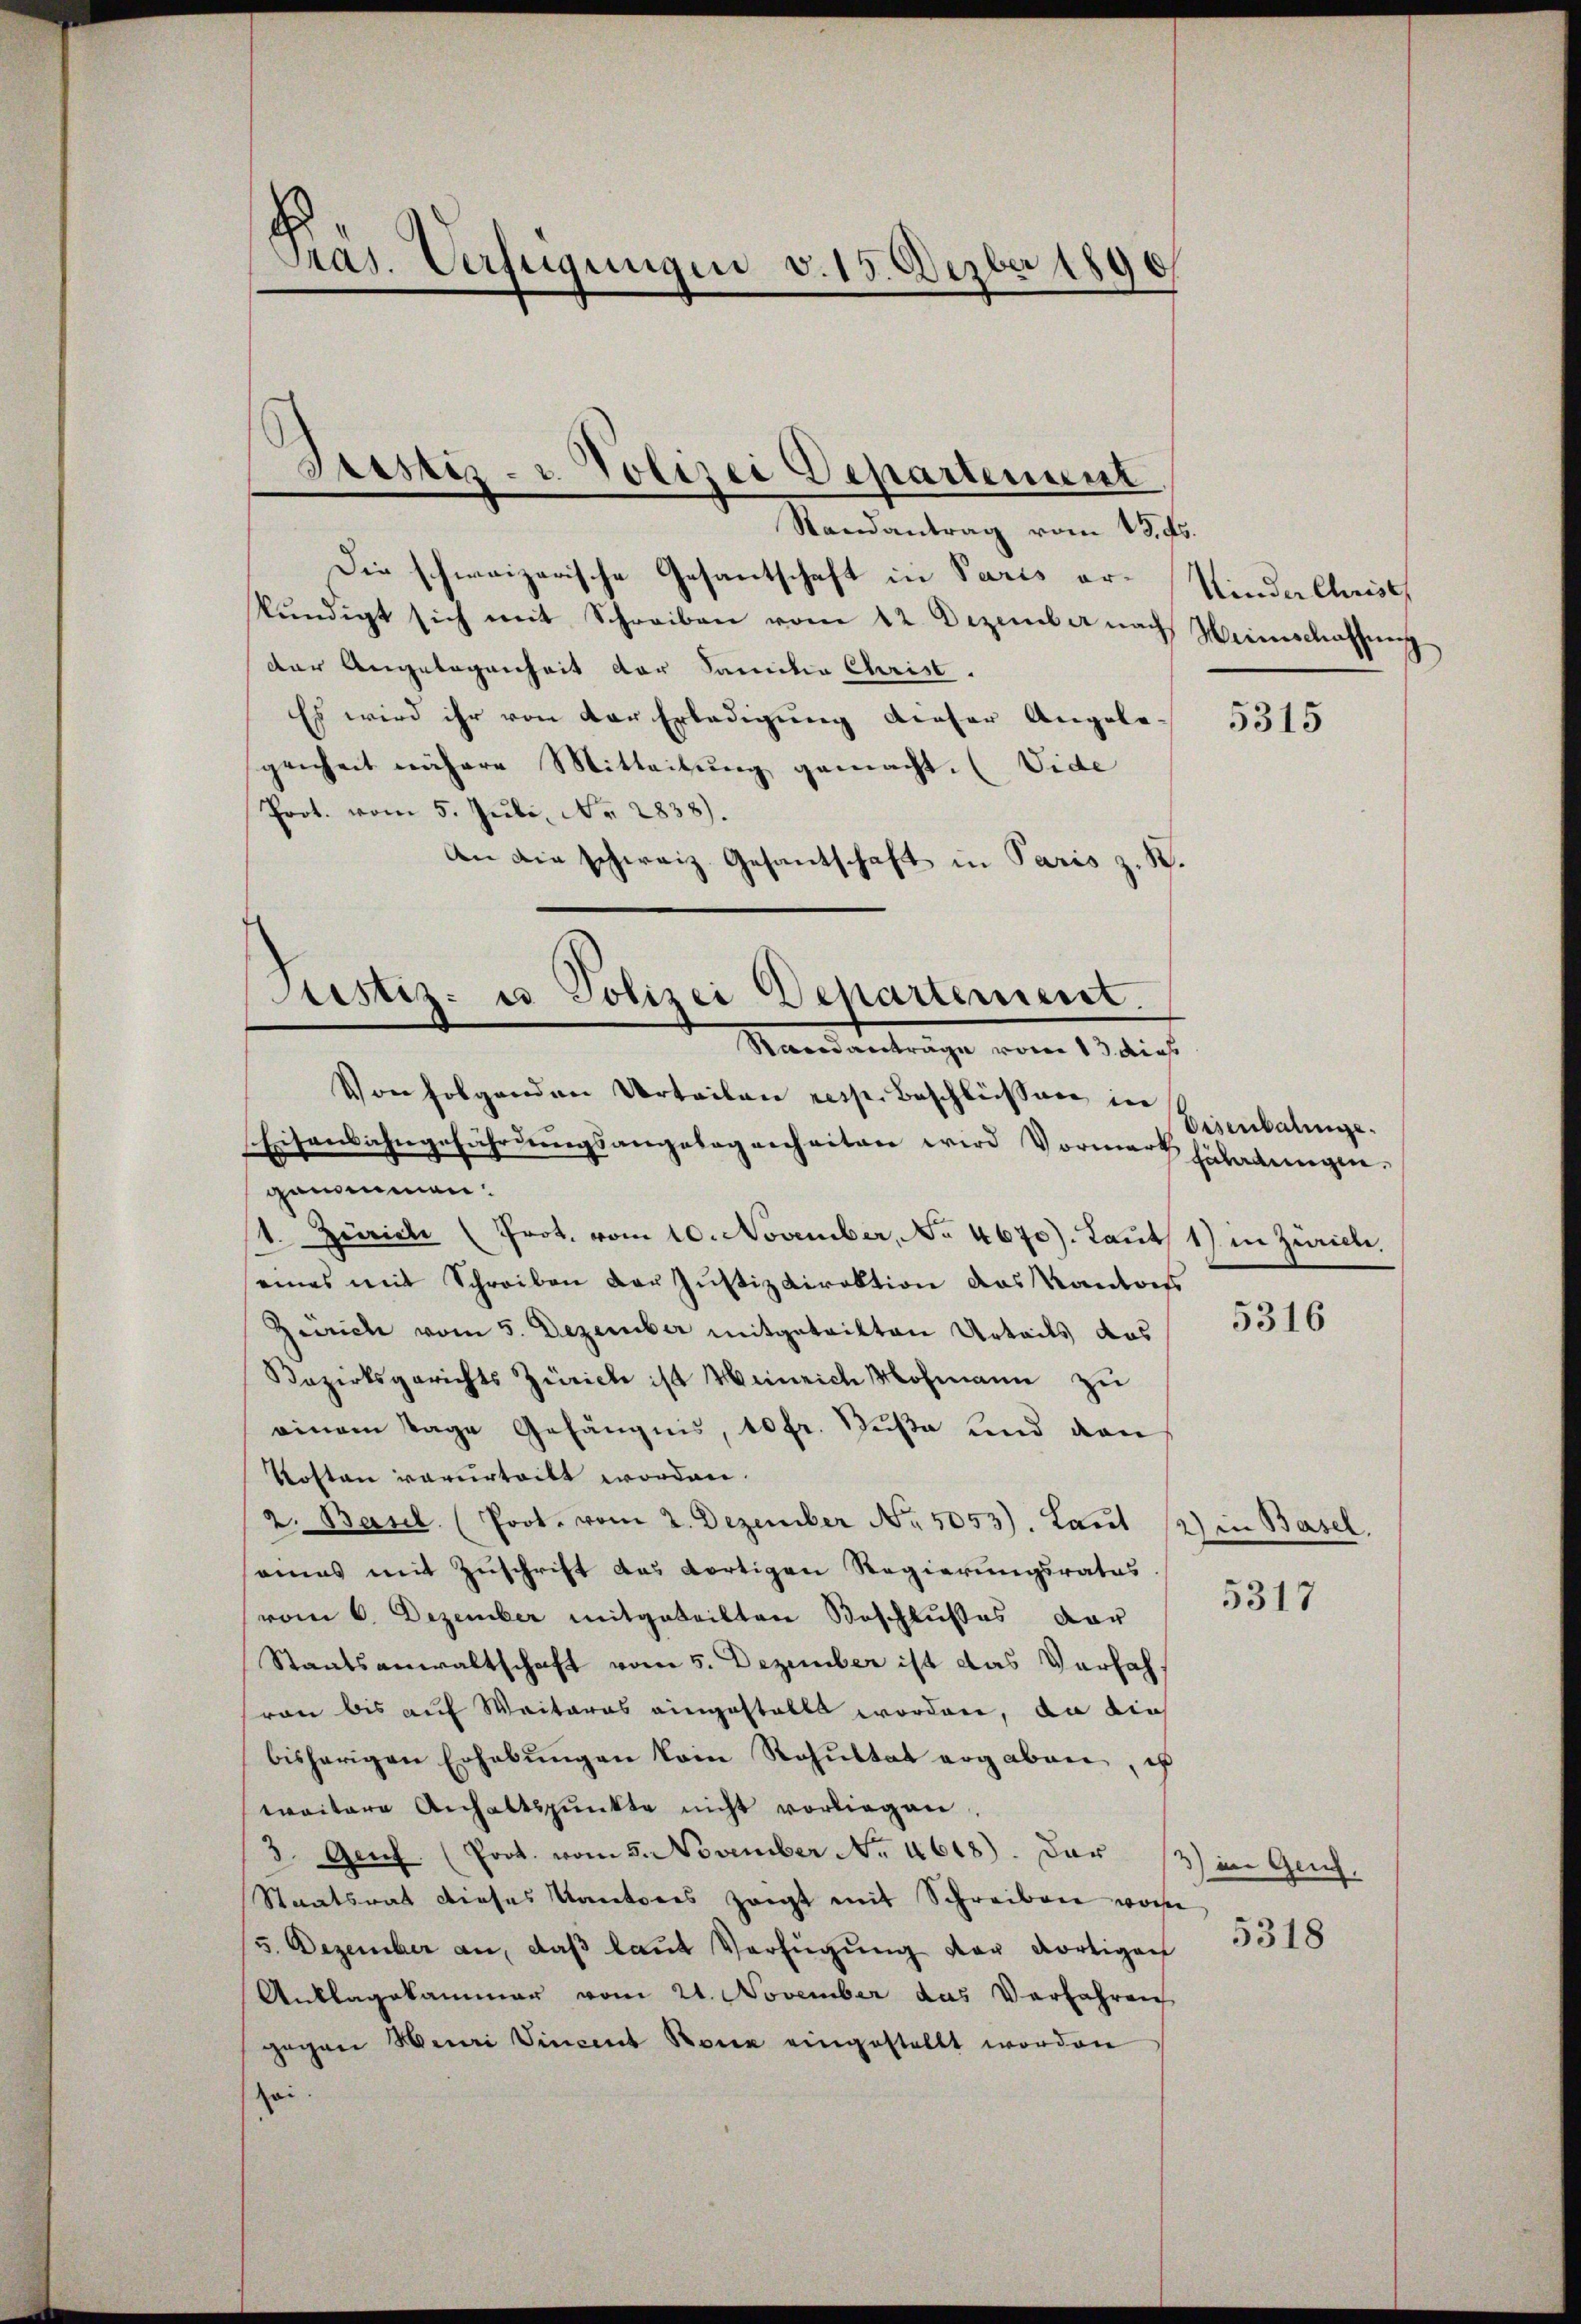
Pras. Verfügungen v. 15. Dezbr 1890

Randantrag vom 13. ds.
Die schweizerische Gesantschaft in Paris erkündigt sich mit Schreiben vom 12. Dezember nach Weinschaffung
der Angelegenheit der Sanitia Christ.
Es wird ihr von der Erledigung dieser Angele-
genheit nähere Mitteilung gemacht. (Vide
Prot. vom 5. Jŭli, Nr. 2838).
An die schweiz. Gesantschaft in Paris z. R.
Justiz- u Polizei Departement.

Justiz- u. Polizei Departement
e

Raandanträge vom 13. dies

Von folgenden Urteilen resp. Beschlüssen in
Eisenbahngefährdŭngsangelegenheiten wird Vormerk zuladengen.
genommen.
1. Zürich (Prot. vom 10. November, No 4670). Laut 1) in Zürich.
eines mit Schreiben der Justizdirektion das Kantons
Zürich vom 5. Dezember mitgeteilten Urteils das
Bezirksgerichts Zürich ist Meinrich Mohmann zu
einem Tage Gefängnis, 10 fr. Süße und den
Kosten verurteilt worden.
2. Basel. (Poot. vom 2. Dezember No. 5053). Laut (2) in Basel.
amas mit Zuschrift das dortigen Regierungsrates
vom 6. Dezember mitgeteilten Beschlußes dar
Staatsanwaltschaft vom 5. Dezember ist das Verfahvon bis auf Weiteres eingestallt worden, an die
bisherigen Erhebŭngen kein Resŭltat ergaben, es
waitere Anhaltspunkte nicht vorliegen.
3. Genf (Prot. vom 5. November No. 4618). Der 13) in Ges.
Staatsrat dieses Kantores zeigt mit Schreiben vom
5. Dezember an, daß laut Verfügung vor dortigen
Anklagekammer vom 21. November das Verfahren
gegen Henri Vincent Bona eingestellt worden
sei

Kinder Christ

5315

Eisenbalinge.

5316

5317

5318